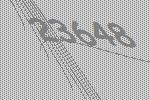
23648